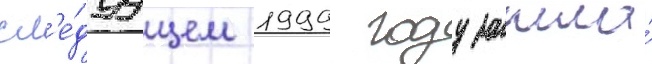
сл'е́дуущем 1999 году зашла́